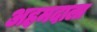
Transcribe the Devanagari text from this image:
अहमदाला